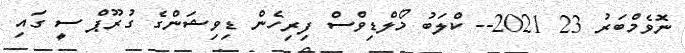
ނޮވެމްބަރު 23 2021-- ކްލަބު މޯލްޑިވްސް ފިރިހެން ޑިވިޝަންގެ ގުރޫޕް ސީ ގައި